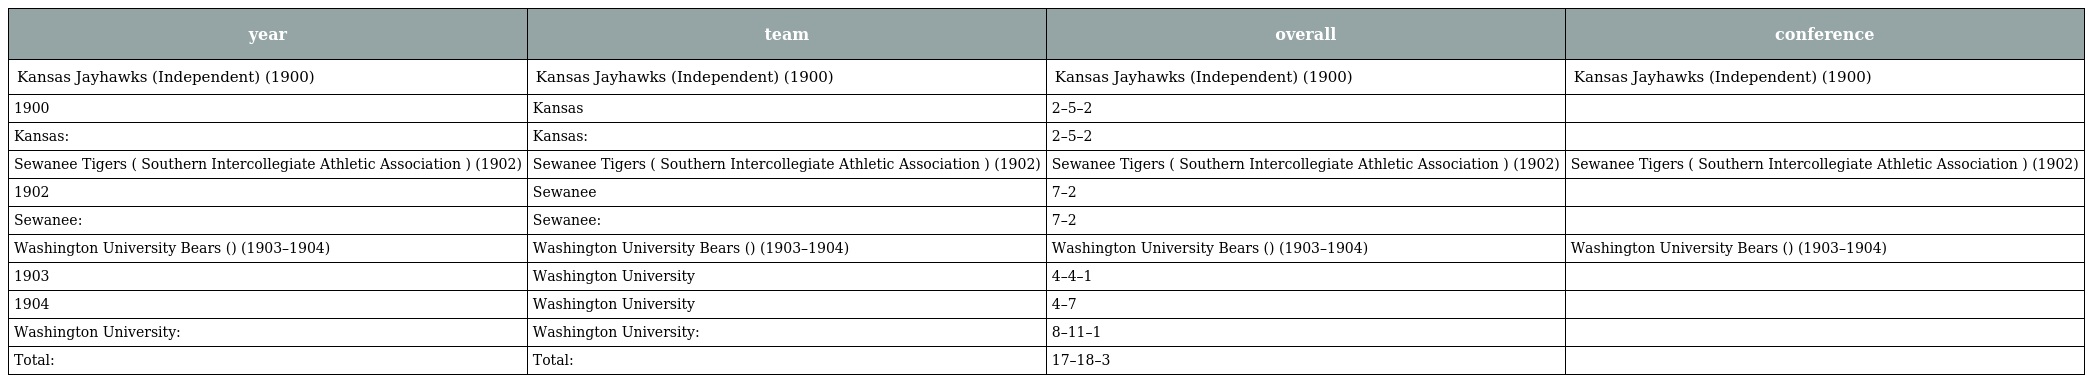
| year | team | overall | conference |
 | --- | --- | --- | --- |
 | Kansas Jayhawks (Independent) (1900) | Kansas Jayhawks (Independent) (1900) | Kansas Jayhawks (Independent) (1900) | Kansas Jayhawks (Independent) (1900) |
 | 1900 | Kansas | 2–5–2 |  |
 | Kansas: | Kansas: | 2–5–2 |  |
 | Sewanee Tigers ( Southern Intercollegiate Athletic Association ) (1902) | Sewanee Tigers ( Southern Intercollegiate Athletic Association ) (1902) | Sewanee Tigers ( Southern Intercollegiate Athletic Association ) (1902) | Sewanee Tigers ( Southern Intercollegiate Athletic Association ) (1902) |
 | 1902 | Sewanee | 7–2 |  |
 | Sewanee: | Sewanee: | 7–2 |  |
 | Washington University Bears () (1903–1904) | Washington University Bears () (1903–1904) | Washington University Bears () (1903–1904) | Washington University Bears () (1903–1904) |
 | 1903 | Washington University | 4–4–1 |  |
 | 1904 | Washington University | 4–7 |  |
 | Washington University: | Washington University: | 8–11–1 |  |
 | Total: | Total: | 17–18–3 |  |